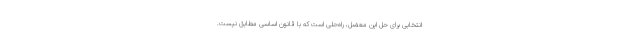
انتخابی برای حل این معضل، راه‌حلی است که با قانون اساسی مطابق نیست.